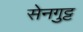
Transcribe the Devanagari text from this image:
सेनगुट्ट